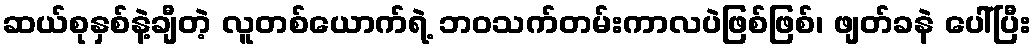
ဆယ်စုနှစ်နဲ့ချီတဲ့ လူတစ်ယောက်ရဲ့ ဘဝသက်တမ်းကာလပဲဖြစ်ဖြစ်၊ ဖျတ်ခနဲ ပေါ်ပြီး